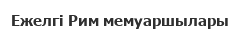
Ежелгі Рим мемуаршылары